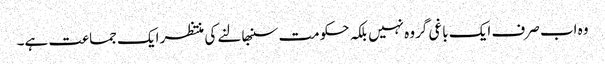
وہ اب صرف ایک باغی گروہ نہیں بلکہ حکومت سنبھالنے کی منتظر ایک جماعت ہے۔